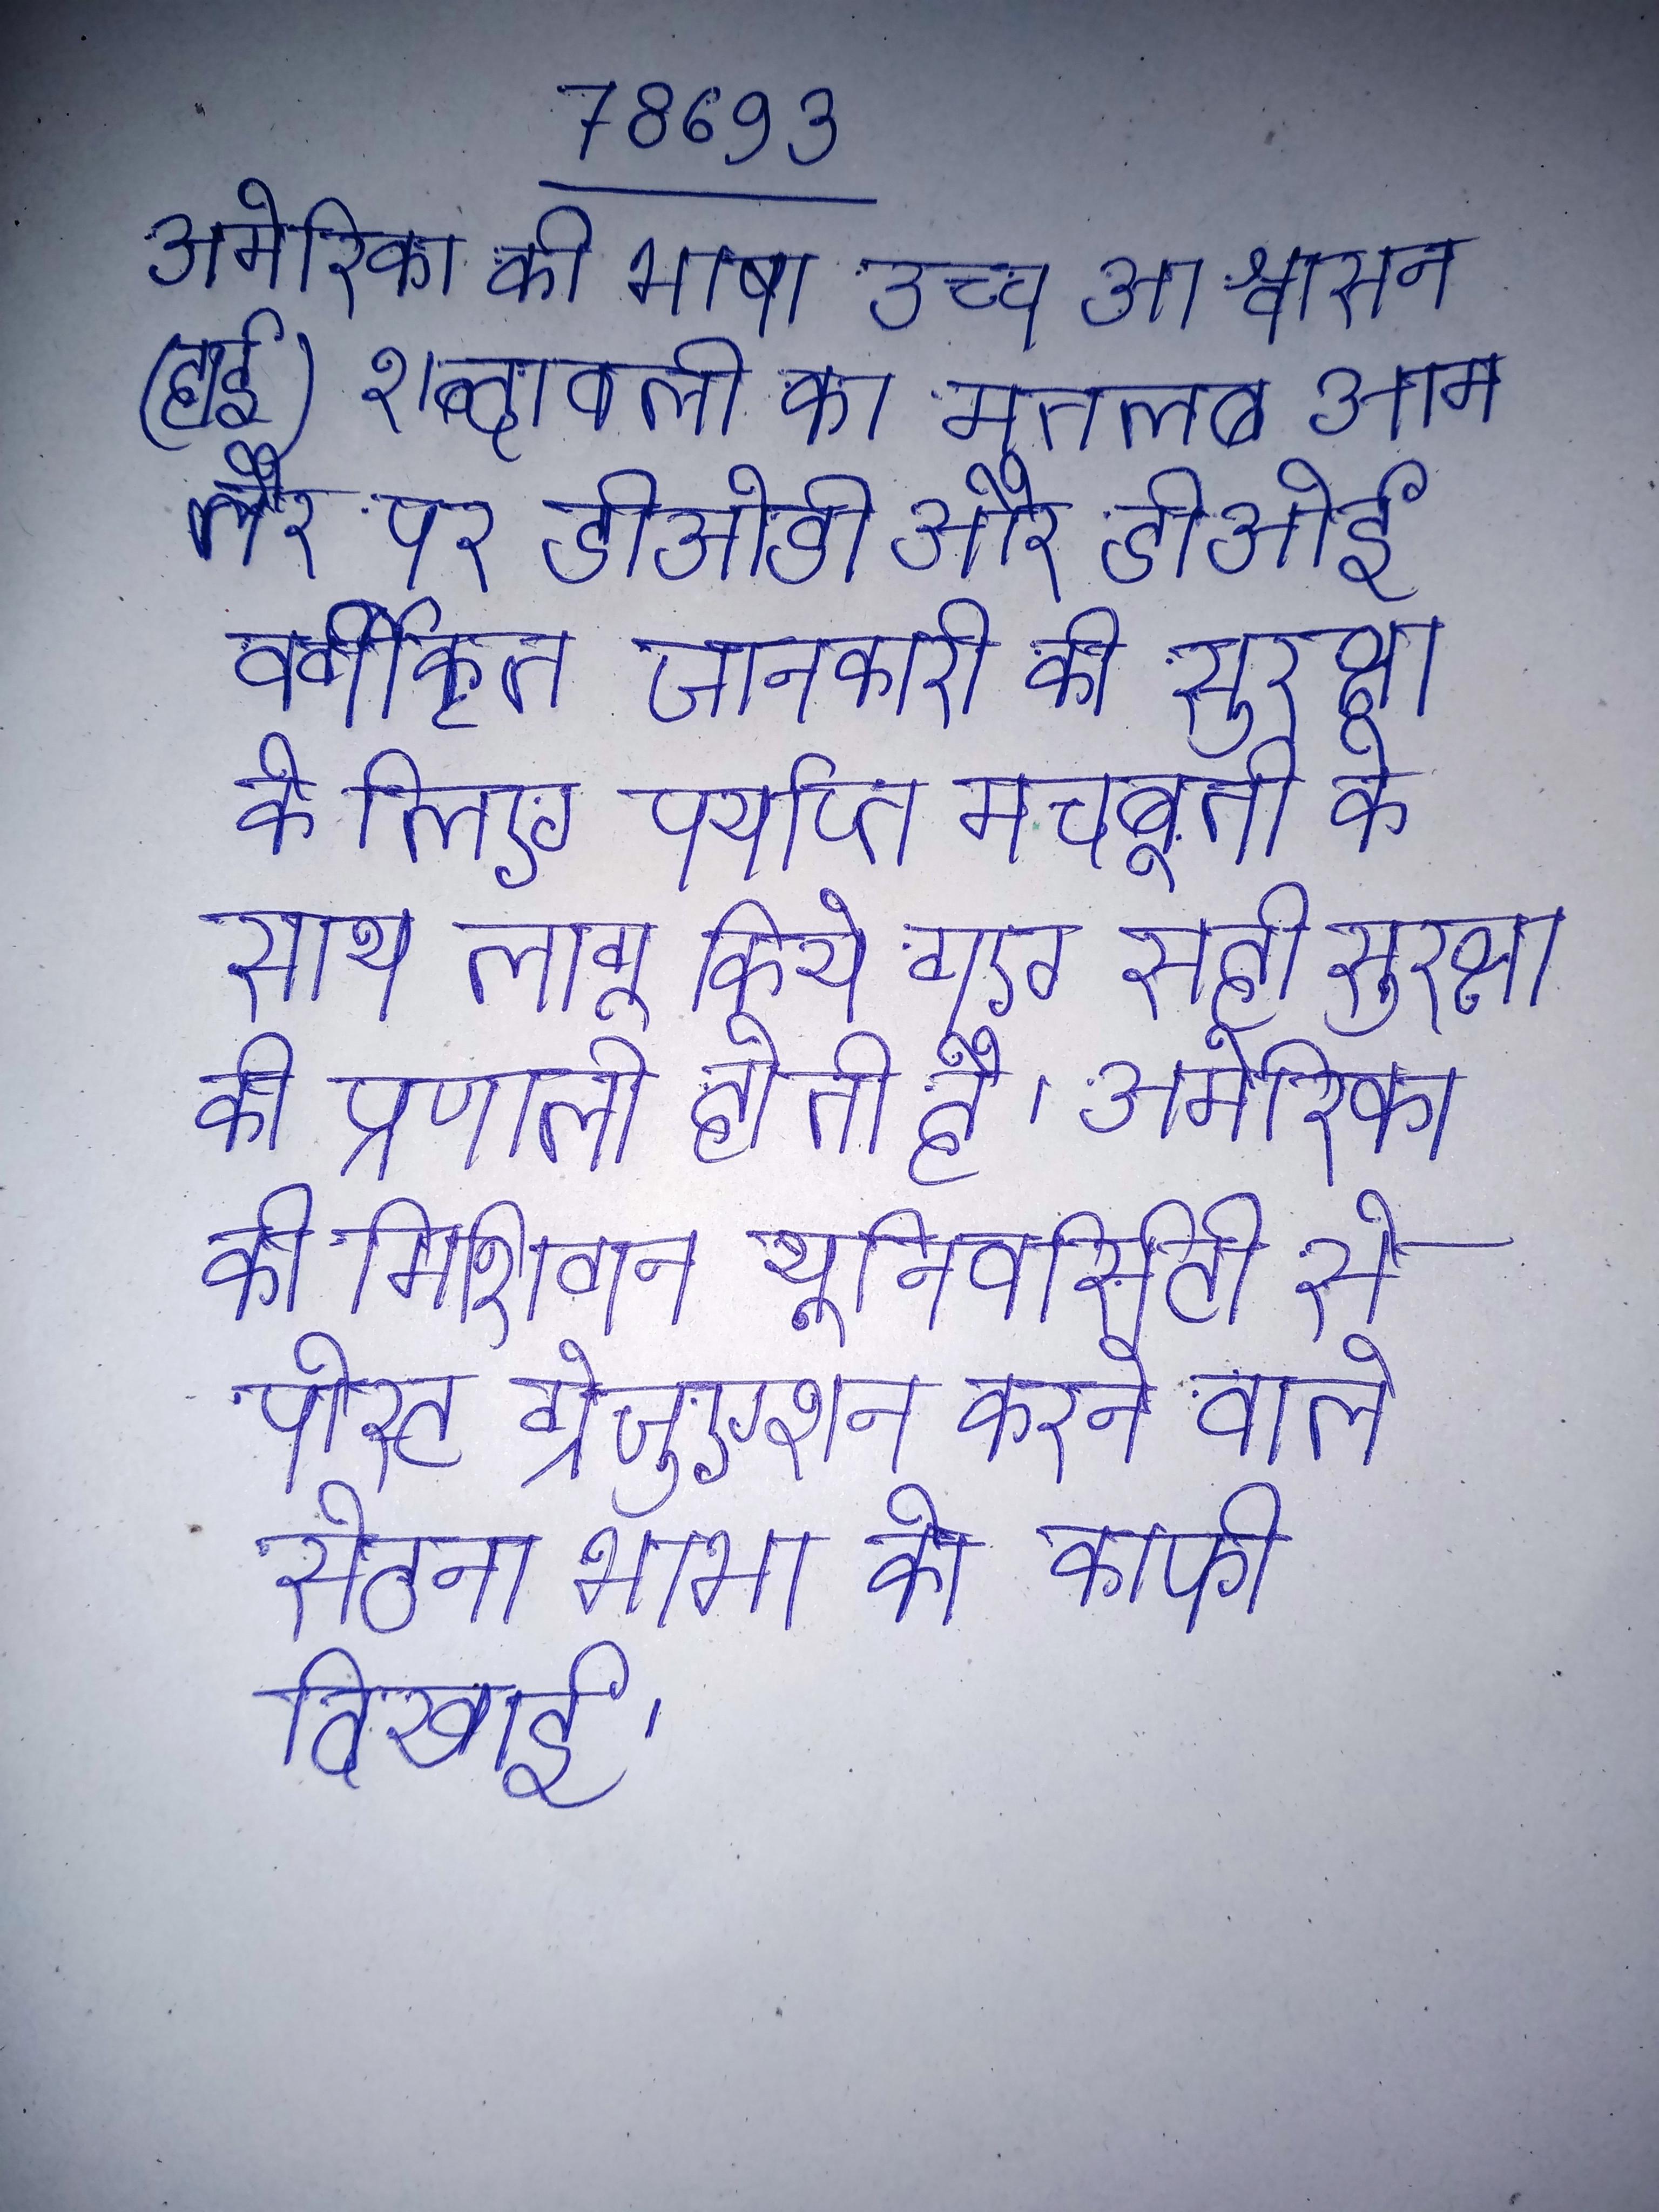
अमेरिका की भाषा उच्च आश्वासन (हाई शब्दावली का मतलब आम तौर पर डीओडी और डीओई वर्गीकृत जानकारी की सुरक्षा के लिए पर्याप्त मजबूती के साथ लागू किये गए सही सुरक्षा की प्रणाली होती है । अमेरिका की मिशिगन यूनिवर्सिटी से पोस्ट ग्रेजुएशन करने वाले सेठना भाभा को काफी दिखाई ।